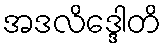
အဒလိဒ္ဒေါတိ